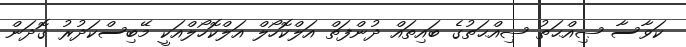
ކަވާސާ ޞިއްޙަތު ޞިއްޙަތުގެ ބައިތައް ދުންފަތް އަލްކޮހޯލް އަލްކޮހޯލްއަކީ މޭބިސްކަދުރު ގޮދަން